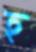
হ